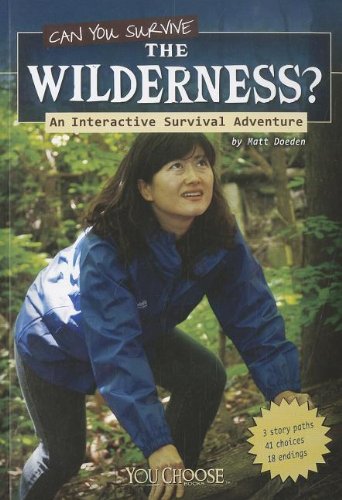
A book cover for Can You Survive the Wilderness?: An Interactive Survival Adventure (You Choose: Survival); Matt Doeden; Health, Fitness & Dieting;